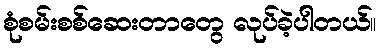
စုံစမ်းစစ်ဆေးတာတွေ လုပ်ခဲ့ပါတယ်။